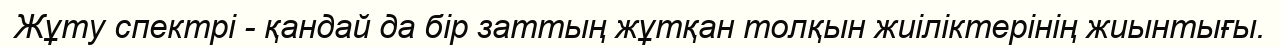
Жұту спектрі - қандай да бір заттың жұтқан толқын жиіліктерінің жиынтығы.